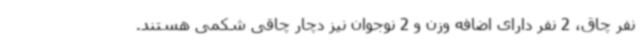
نفر چاق، 2 نفر دارای اضافه ‌وزن و 2 نوجوان نیز دچار چاقی شکمی هستند.